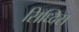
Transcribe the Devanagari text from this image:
सिध्दिस